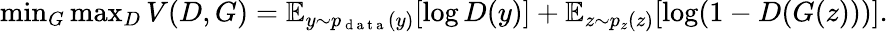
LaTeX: \begin{array}{r}{\operatorname*{min}_{G}\operatorname*{max}_{D}V(D,G)=\mathbb{E}_{y\sim p_{\mathrm{~d~a~t~a~}}(y)}[\log D(y)]+\mathbb{E}_{z\sim p_{z}(z)}[\log(1-D(G(z)))].}\end{array}